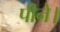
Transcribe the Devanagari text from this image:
पीने।